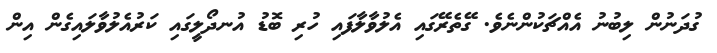
ގުދަނުން ލިބުނު އެއްޗަކުންނެވެ. ގޭތެރޭގައި އެލުވާލާފައި ހުރި ބޮޑު އުނދޯލީގައި ކަރުއެލުވާލައިގެން އިން